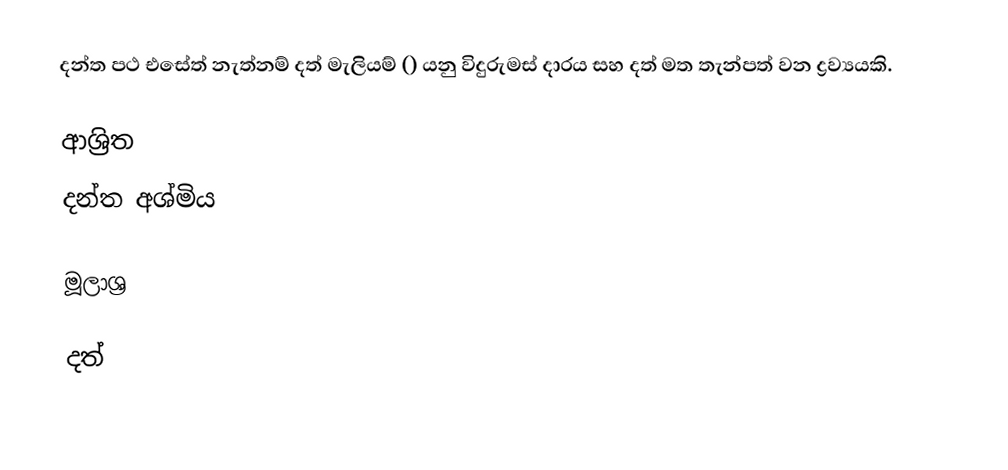
දන්ත පථ එසේත් නැත්නම් දත් මැලියම් () යනු විදුරුමස් දාරය සහ දත් මත තැන්පත් වන ද්‍රව්‍යයකි.

ආශ්‍රිත
 දන්ත අශ්මිය

මූලාශ්‍ර

දත්